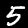
Digit: 5